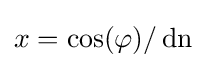
x=\cos(\varphi )/\operatorname {dn}